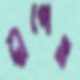
দ্বীপেও